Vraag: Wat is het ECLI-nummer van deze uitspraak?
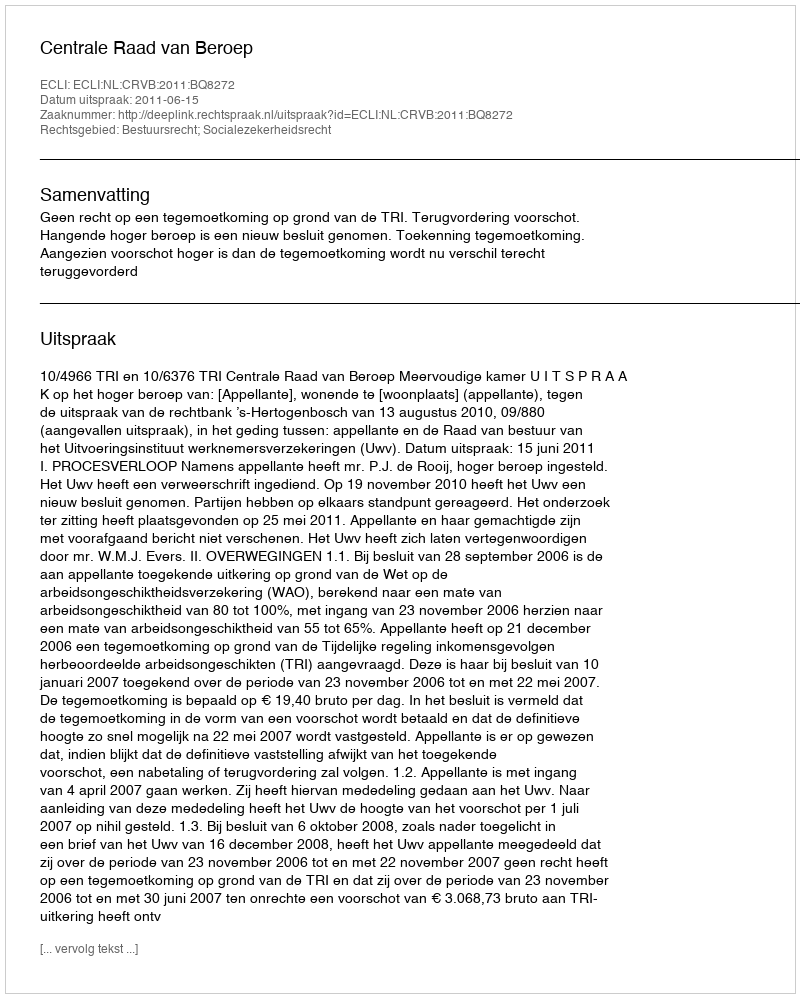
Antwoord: ECLI:NL:CRVB:2011:BQ8272